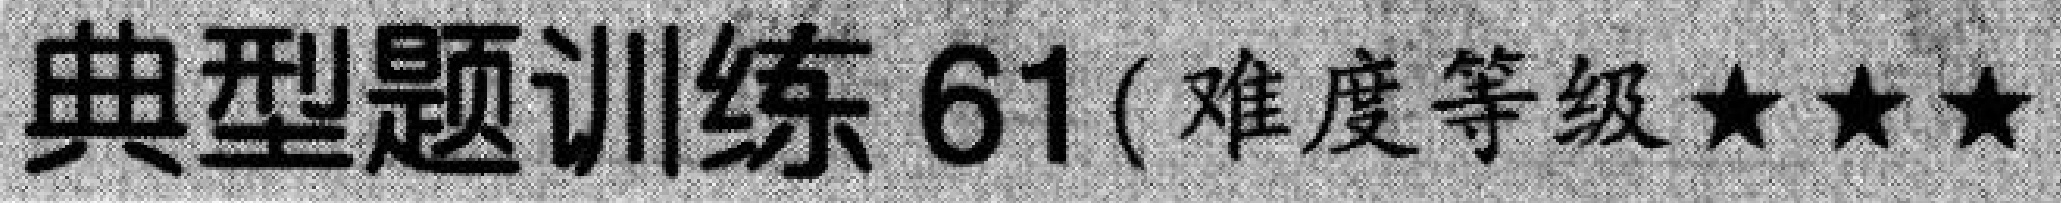
典型题训练 61(难度等级★★★